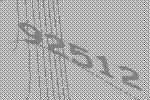
92512